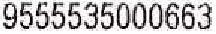
9555535000663